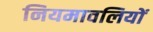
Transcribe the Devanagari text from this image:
नियमावलियों